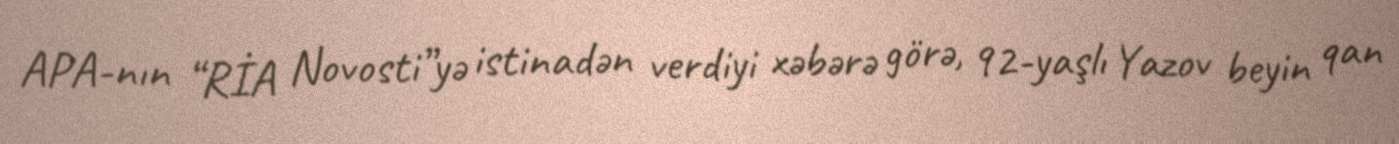
APA-nın “RİA Novosti”yə istinadən verdiyi xəbərə görə, 92-yaşlı Yazov beyin qan